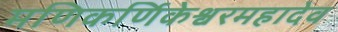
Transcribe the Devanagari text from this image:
मणिकर्णिकेश्वरमहादेव